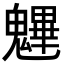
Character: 魓